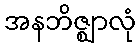
အနဘိဇ္ဈာလုံ